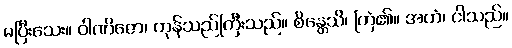
မပြီးသေး။ ဝါဏိဇော၊ ကုန်သည်ကြီးသည်။ စိန္တေသိ၊ ကြံ၏။ အဟံ၊ ငါသည်။